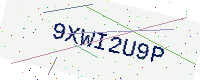
Text: 9XWI2U9P